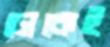
ঢোকেই